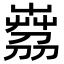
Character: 𦴘